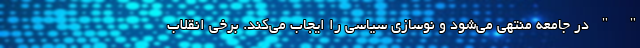
" " در جامعه منتهی می‌شود و نوسازی سیاسی را ایجاب می‌کند. برخی انقلاب